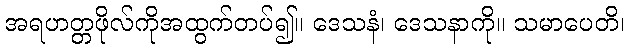
အရဟတ္တဖိုလ်ကိုအထွက်တပ်၍။ ဒေသနံ၊ ဒေသနာကို။ သမာပေတိ၊